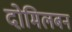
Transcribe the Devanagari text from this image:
दोमिलबन